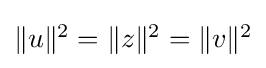
{\textstyle \|u\|^{2}=\|z\|^{2}=\|v\|^{2}}